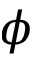
\phi